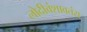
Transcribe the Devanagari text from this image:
लोदीवंशावतंस